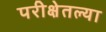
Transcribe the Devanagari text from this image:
परीक्षेतल्या